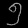
Digit: ၅